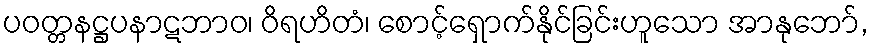
ပဝတ္တနဋ္ဌပနာဋဘာဝ၊ ဝိရဟိတံ၊ စောင့်ရှောက်နိုင်ခြင်းဟူသော အာနုဘော်,